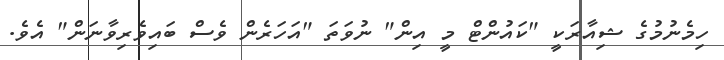
ހިމެނުމުގެ ޝިއާރަކީ "ކައުންޓް މީ އިން" ނުވަތަ "އަހަރެން ވެސް ބައިވެރިވާނަން" އެވެ.